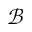
\mathcal { B }